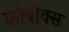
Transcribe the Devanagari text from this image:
कौबौक्स